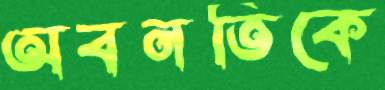
অবনতিকে